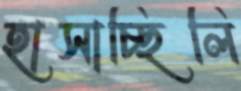
হাসাচ্ছিলি